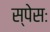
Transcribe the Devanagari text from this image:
स्पेसः